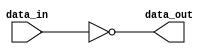
module inverter_block(
    input data_in,
    output data_out
);

assign data_out = ~data_in;

endmodule